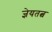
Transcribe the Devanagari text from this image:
ज्ञेयतत्व